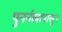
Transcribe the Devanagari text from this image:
पुनर्नव्यापासून